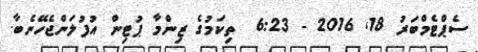
ސެޕްޓެމްބަރު 18